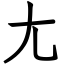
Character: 尢